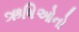
ઋષિઓનો